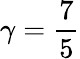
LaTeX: \gamma=\frac{7}{5}